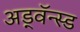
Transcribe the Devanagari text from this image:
अड्वॅन्स्ड